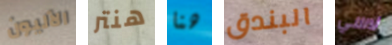
الآليون هنتر هنا البندق لاسي